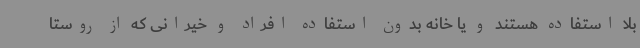
بلا استفاده هستند و یا خانه بدون استفاده افراد و خیرانی که از روستا